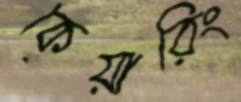
কেয়ারিং